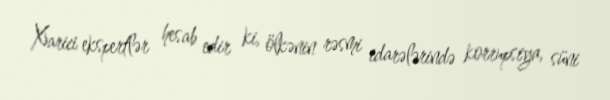
Xarici ekspertlər hesab edir ki, ölkənin rəsmi idarələrində korrupsiya, süni